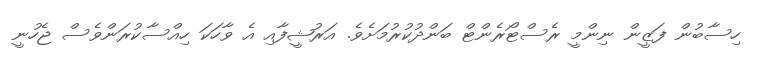
ހިސާބުން ފަޒީން ނިންމީ ރެސްޓޯރެންޓް ބަންދުކުރުމަށެވެ. އަރުޝީފާއި އެ ވާހަކަ ހިއްސާކުރަންވެސް ޖެހުނީ